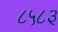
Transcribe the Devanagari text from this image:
८५८३